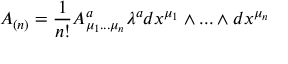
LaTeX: A _ { ( n ) } = { \frac { 1 } { n ! } } A _ { \mu _ { 1 } . . . \mu _ { n } } ^ { a } \lambda ^ { a } d x ^ { \mu _ { 1 } } \wedge . . . \wedge d x ^ { \mu _ { n } }